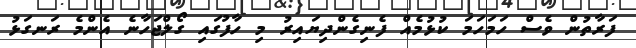
ފަރާތުން ވެސް ހަމަހަމަ ކުޅުމެއް ފެނިގެންދިޔައިރު މި ހާފުގައި ގޯލްޖަހާނެ އެންމެ ރަނގަޅު